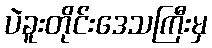
ပဲခူးတိုင်းဒေသကြီးမှ